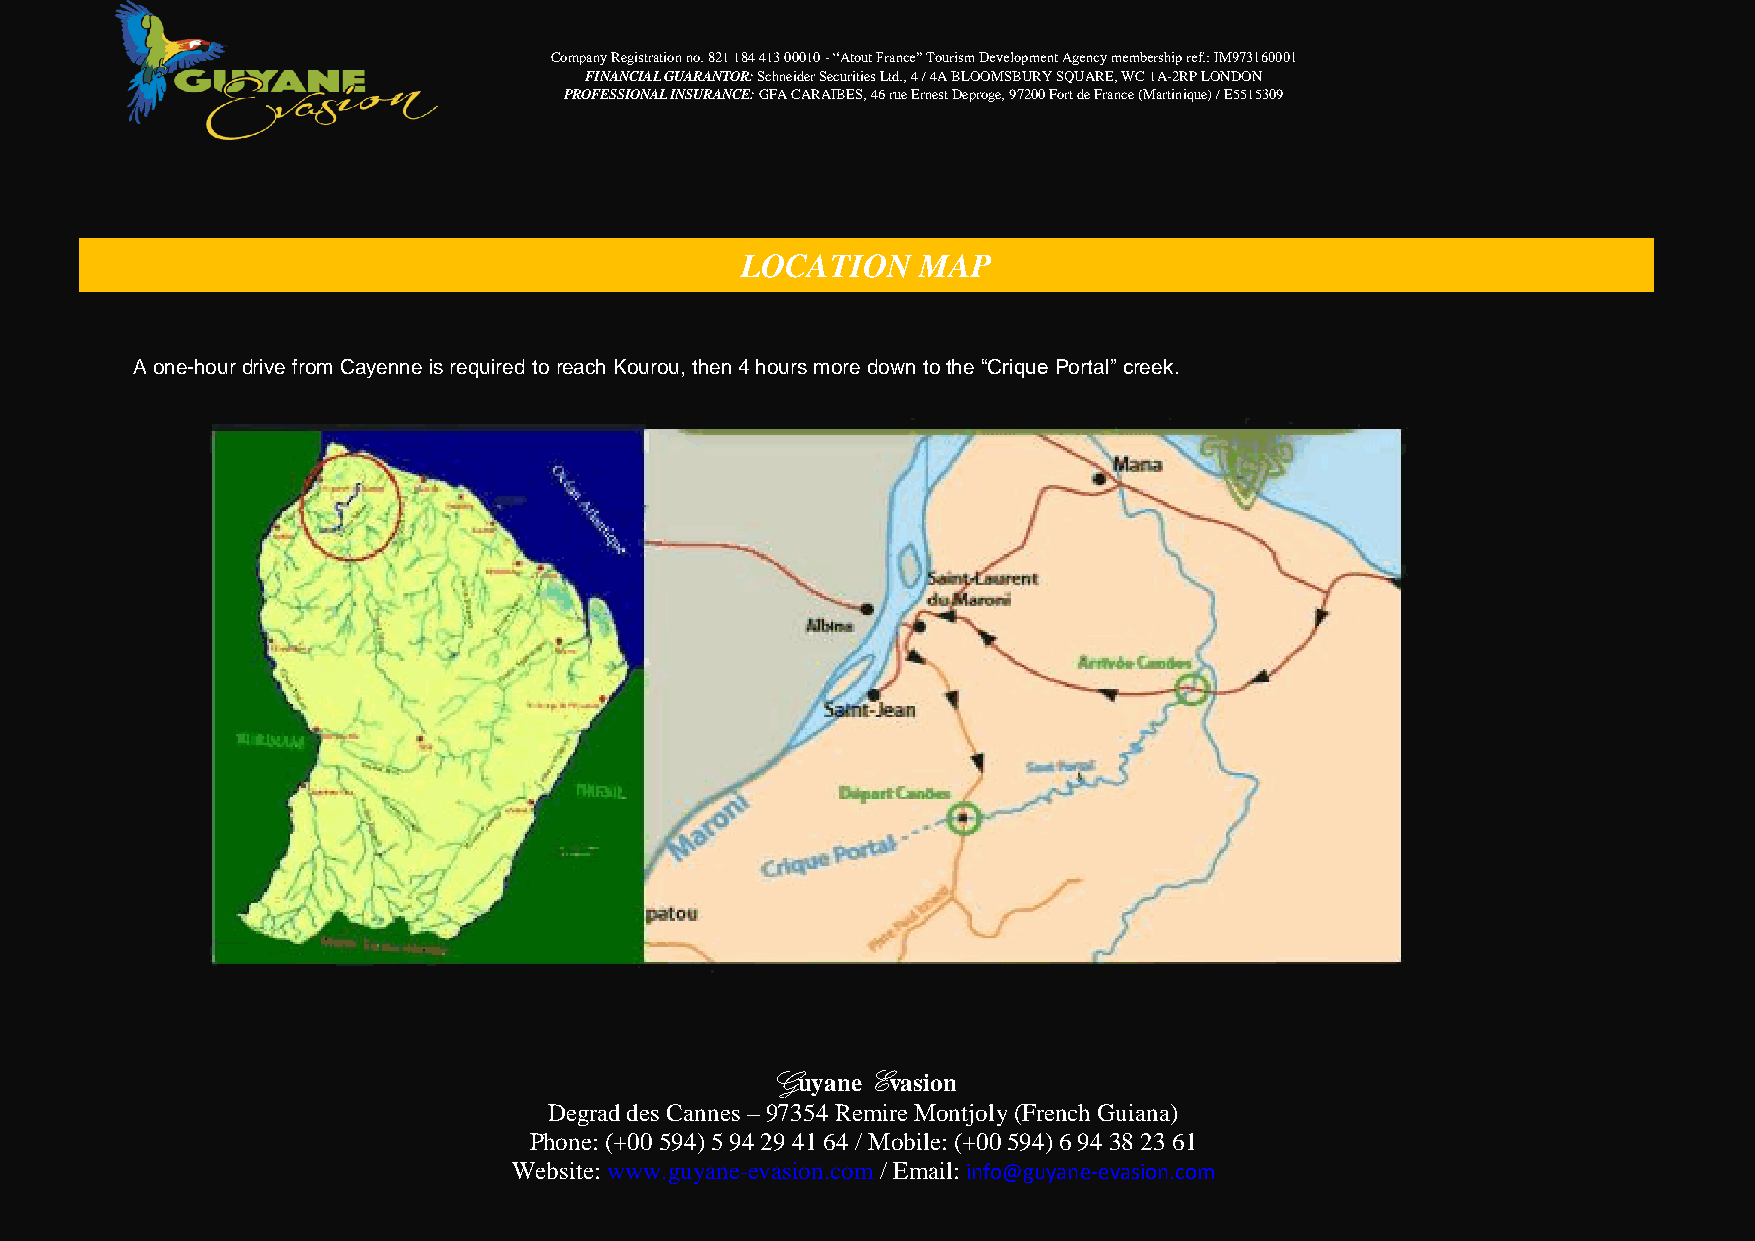
Company Registration no. 821 184 413 00010 - “Atout France” Tourism Development Agency membership ref.: IM973160001
 FINANCIAL GUARANTOR: Schneider Securities Ltd., 4 / 4A BLOOMSBURY SQUARE, WC 1A-2RP LONDON
 PROFESSIONAL INSURANCE: GFA CARAIBES, 46 rue Ernest Deproge, 97200 Fort de France (Martinique) / E5515309
 LOCATION    MAP
 A one-hour drive from Cayenne is required to reach Kourou, then 4 hours more down to the ―Crique Portal‖ creek.
 Guyane Evasion
 Degrad des Cannes – 97354 Remire Montjoly (French Guiana)
 Phone: (+00 594) 5 94 29 41 64 / Mobile: (+00 594) 6 94 38 23 61
 Website: www.guyane-evasion.com / Email: info@guyane-evasion.com